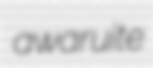
awaruite